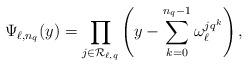
LaTeX: \begin{align*}\Psi_{\ell,n_q}(y)= \prod_{j \in \mathcal{R}_{\ell, q}} \left( y - \sum_{k=0}^{n_q-1} \omega_\ell^{j q^k} \right),\end{align*}